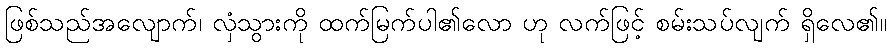
ဖြစ်သည်အလျောက်၊ လှံသွားကို ထက်မြက်ပါ၏လော ဟု လက်ဖြင့် စမ်းသပ်လျက် ရှိလေ၏။